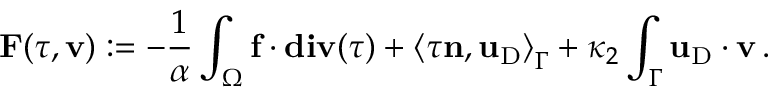
\mathbf { F } ( { \boldsymbol \tau } , { \mathbf { v } } ) : = - \frac { 1 } { \alpha } \int _ { \Omega } \mathbf { f } \cdot \mathbf { d i v } ( { \boldsymbol \tau } ) + \left< { \boldsymbol \tau } { \mathbf { n } } , \mathbf { u } _ { \mathrm { D } } \right> _ { \Gamma } + \kappa _ { 2 } \int _ { \Gamma } \mathbf { u } _ { \mathrm { D } } \cdot { \mathbf { v } } \, .